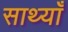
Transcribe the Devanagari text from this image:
साथ्याँ